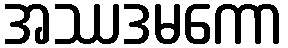
အဿဒမကော